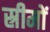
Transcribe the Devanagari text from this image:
स्रीमों